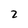
Character: 2